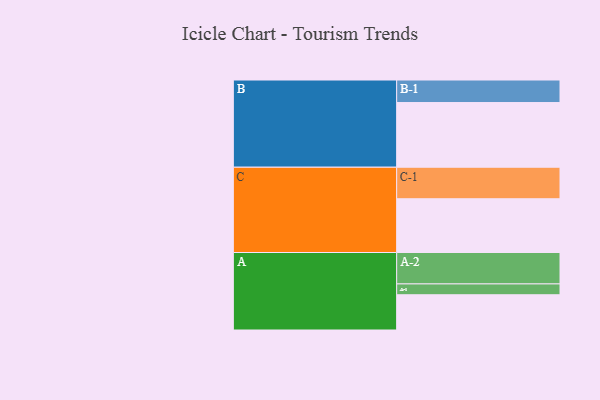
{"axis": {"x": "Segment", "y": "Value"}, "legend": ["", "A", "B", "C"], "data": [{"x": "A", "y": 322, "type": ""}, {"x": "B", "y": 591, "type": ""}, {"x": "C", "y": 491, "type": ""}, {"x": "A-1", "y": 99, "type": "A"}, {"x": "A-2", "y": 287, "type": "A"}, {"x": "B-1", "y": 206, "type": "B"}, {"x": "C-1", "y": 288, "type": "C"}]}